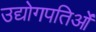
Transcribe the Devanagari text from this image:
उद्योगपतिओं